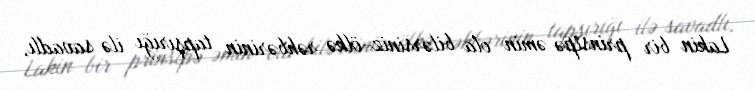
Lakin bir prinsipə əmin ola bilərsiniz-ölkə rəhbərinin tapşırığı ilə savadlı,